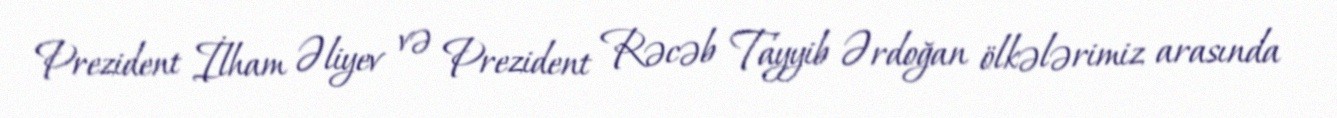
Prezident İlham Əliyev və Prezident Rəcəb Tayyib Ərdoğan ölkələrimiz arasında